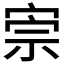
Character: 𡨫